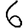
Digit: 6